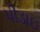
પીડાઇ